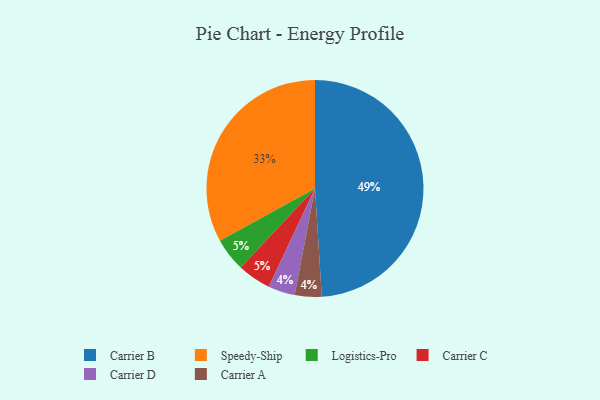
{"axis": {"x": "Category", "y": "Percentage"}, "legend": ["Carrier A", "Carrier B", "Carrier C", "Carrier D", "Logistics-Pro", "Speedy-Ship"], "data": [{"x": "Logistics-Pro", "y": 5, "type": "Logistics-Pro"}, {"x": "Speedy-Ship", "y": 33, "type": "Speedy-Ship"}, {"x": "Carrier B", "y": 49, "type": "Carrier B"}, {"x": "Carrier D", "y": 4, "type": "Carrier D"}, {"x": "Carrier C", "y": 5, "type": "Carrier C"}, {"x": "Carrier A", "y": 4, "type": "Carrier A"}]}